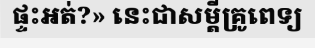
ផ្ទះអត់?» នេះជាសម្តីគ្រូពេទ្យ